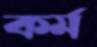
কর্ম